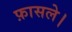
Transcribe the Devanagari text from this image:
फ़ासले।